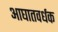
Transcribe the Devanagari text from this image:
आघातवर्धक